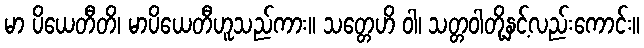
မာ ပိယေတီတိ၊ မာပိယေတီဟူသည်ကား။ သတ္တေဟိ ဝါ၊ သတ္တဝါတို့နှင့်လည်းကောင်း။